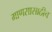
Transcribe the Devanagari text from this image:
माणसासाठीच